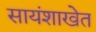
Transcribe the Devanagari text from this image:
सायंशाखेत